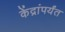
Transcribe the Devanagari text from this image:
केंद्रांपर्यंत